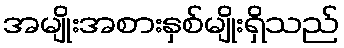
အမျိုးအစားနှစ်မျိုးရှိသည်